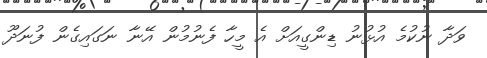
ވަދާ ނުކުމެ އުޅުނު ޑިންގީއަށް އެ މީހާ ފެނުމުން އޭނާ ނަގައިގެން ފުނަދޫ